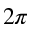
2 \pi